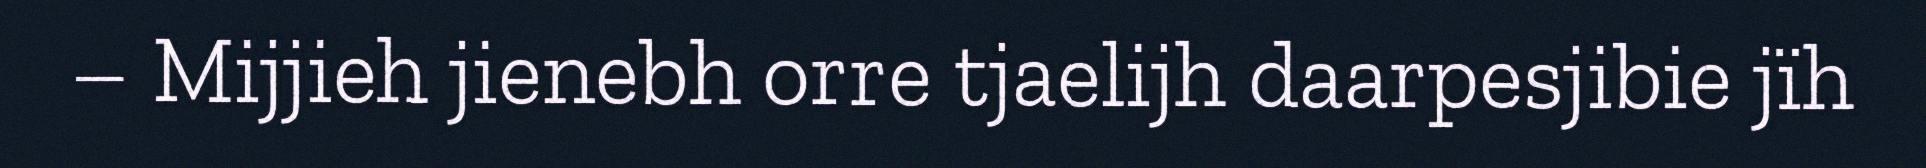
– Mijjieh jienebh orre tjaelijh daarpesjibie jïh